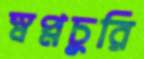
স্বপ্নচুরি